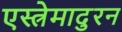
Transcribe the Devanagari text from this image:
एस्त्रेमादुरन